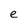
Character: e